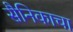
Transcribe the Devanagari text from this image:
सैनिकाचा